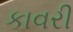
કાવરી